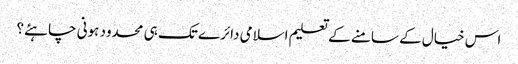
اس خیال کے سامنے کے تعلیم اسلامی دائرے تک ہی محدود ہونی چاہئے؟